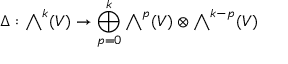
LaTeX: \Delta : { \textstyle \bigwedge } ^ { k } ( V ) \to \bigoplus _ { p = 0 } ^ { k } { \textstyle \bigwedge } ^ { p } ( V ) \otimes { \textstyle \bigwedge } ^ { k - p } ( V )